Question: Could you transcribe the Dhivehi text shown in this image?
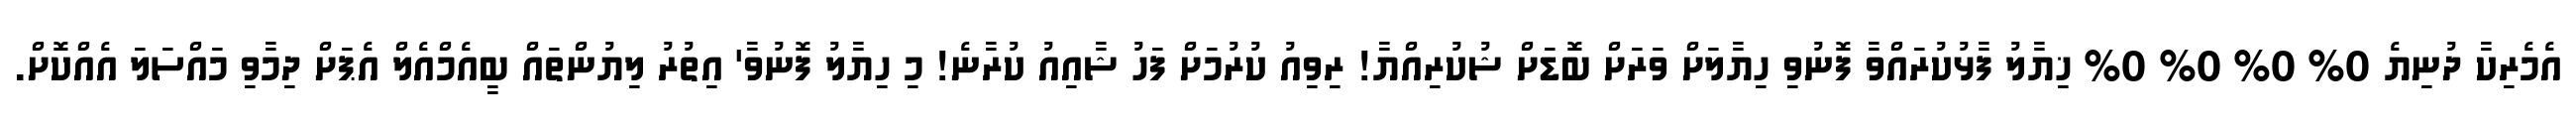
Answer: އެމެރިކާ ދުނިޔެ 0% 0% 0% 0% ޚިޔާލު ފާޅުކުރައްވާ ފޮނުވި ހިޔާލަށް ވަރަށް ބޮޑަށް ޝުކުރިއްޔާ! ރިވިއު ކުރުމަށް ފަހު ޝާއިއު ކުރާނެ! މި ހިޔާލު ފޮނުވާ' އިތުރު ލިޔުންތައް ބީއެމްއެލް އެޕަށް ދިމާވި މައްސަލަ އެއްކޮށް.